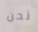
نحن